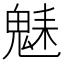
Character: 𩳆